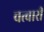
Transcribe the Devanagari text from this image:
चत्वारी